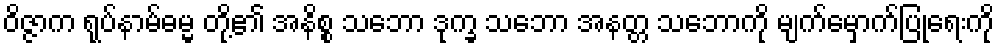
ဝိဇ္ဇာက ရုပ်နာမ်ဓမ္မ တို့၏ အနိစ္စ သဘော ဒုက္ခ သဘော အနတ္တ သဘောကို မျက်မှောက်ပြုရေးကို